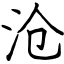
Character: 沧